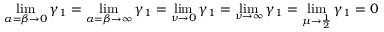
\operatorname* { l i m } _ { \alpha = \beta \to 0 } \gamma _ { 1 } = \operatorname* { l i m } _ { \alpha = \beta \to \infty } \gamma _ { 1 } = \operatorname* { l i m } _ { \nu \to 0 } \gamma _ { 1 } = \operatorname* { l i m } _ { \nu \to \infty } \gamma _ { 1 } = \operatorname* { l i m } _ { \mu \to { \frac { 1 } { 2 } } } \gamma _ { 1 } = 0